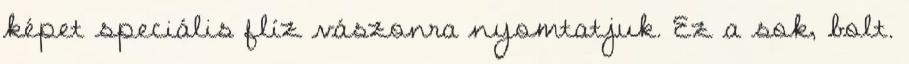
képet speciális flíz vászonra nyomtatjuk. Ez a sok, bolt.